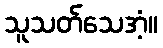
သူသတ်သေအံ့။